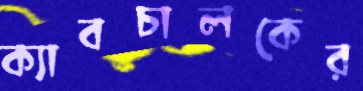
ক্যাবচালকের